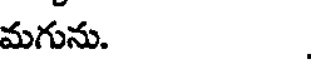
మగును.